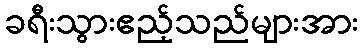
ခရီးသွားဧည့်သည်များအား